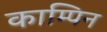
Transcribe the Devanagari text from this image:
काम्पिन